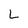
Character: L